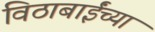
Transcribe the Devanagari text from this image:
विठाबाईंच्या